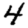
Digit: 4